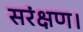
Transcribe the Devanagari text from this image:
सरंक्षण।